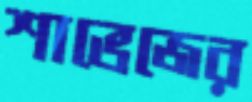
শাভেজের